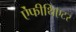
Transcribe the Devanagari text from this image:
ऐंफीथिएटर